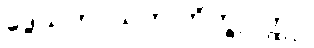
ဒွေသဟာယက ဘိက္ခုဝတ္ထု။